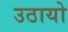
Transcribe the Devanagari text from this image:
उठायो